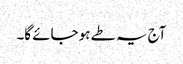
آج یہ طے ہو جائے گا۔